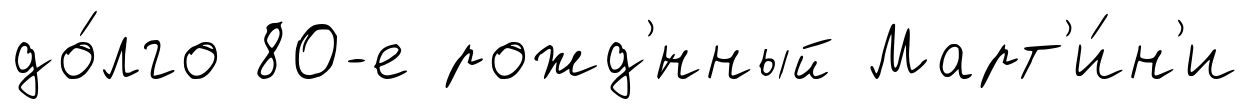
до́лго 80-е рожд'́нный Март'и́н'и